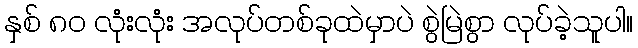
နှစ် ၈၀ လုံးလုံး အလုပ်တစ်ခုထဲမှာပဲ စွဲမြဲစွာ လုပ်ခဲ့သူပါ။